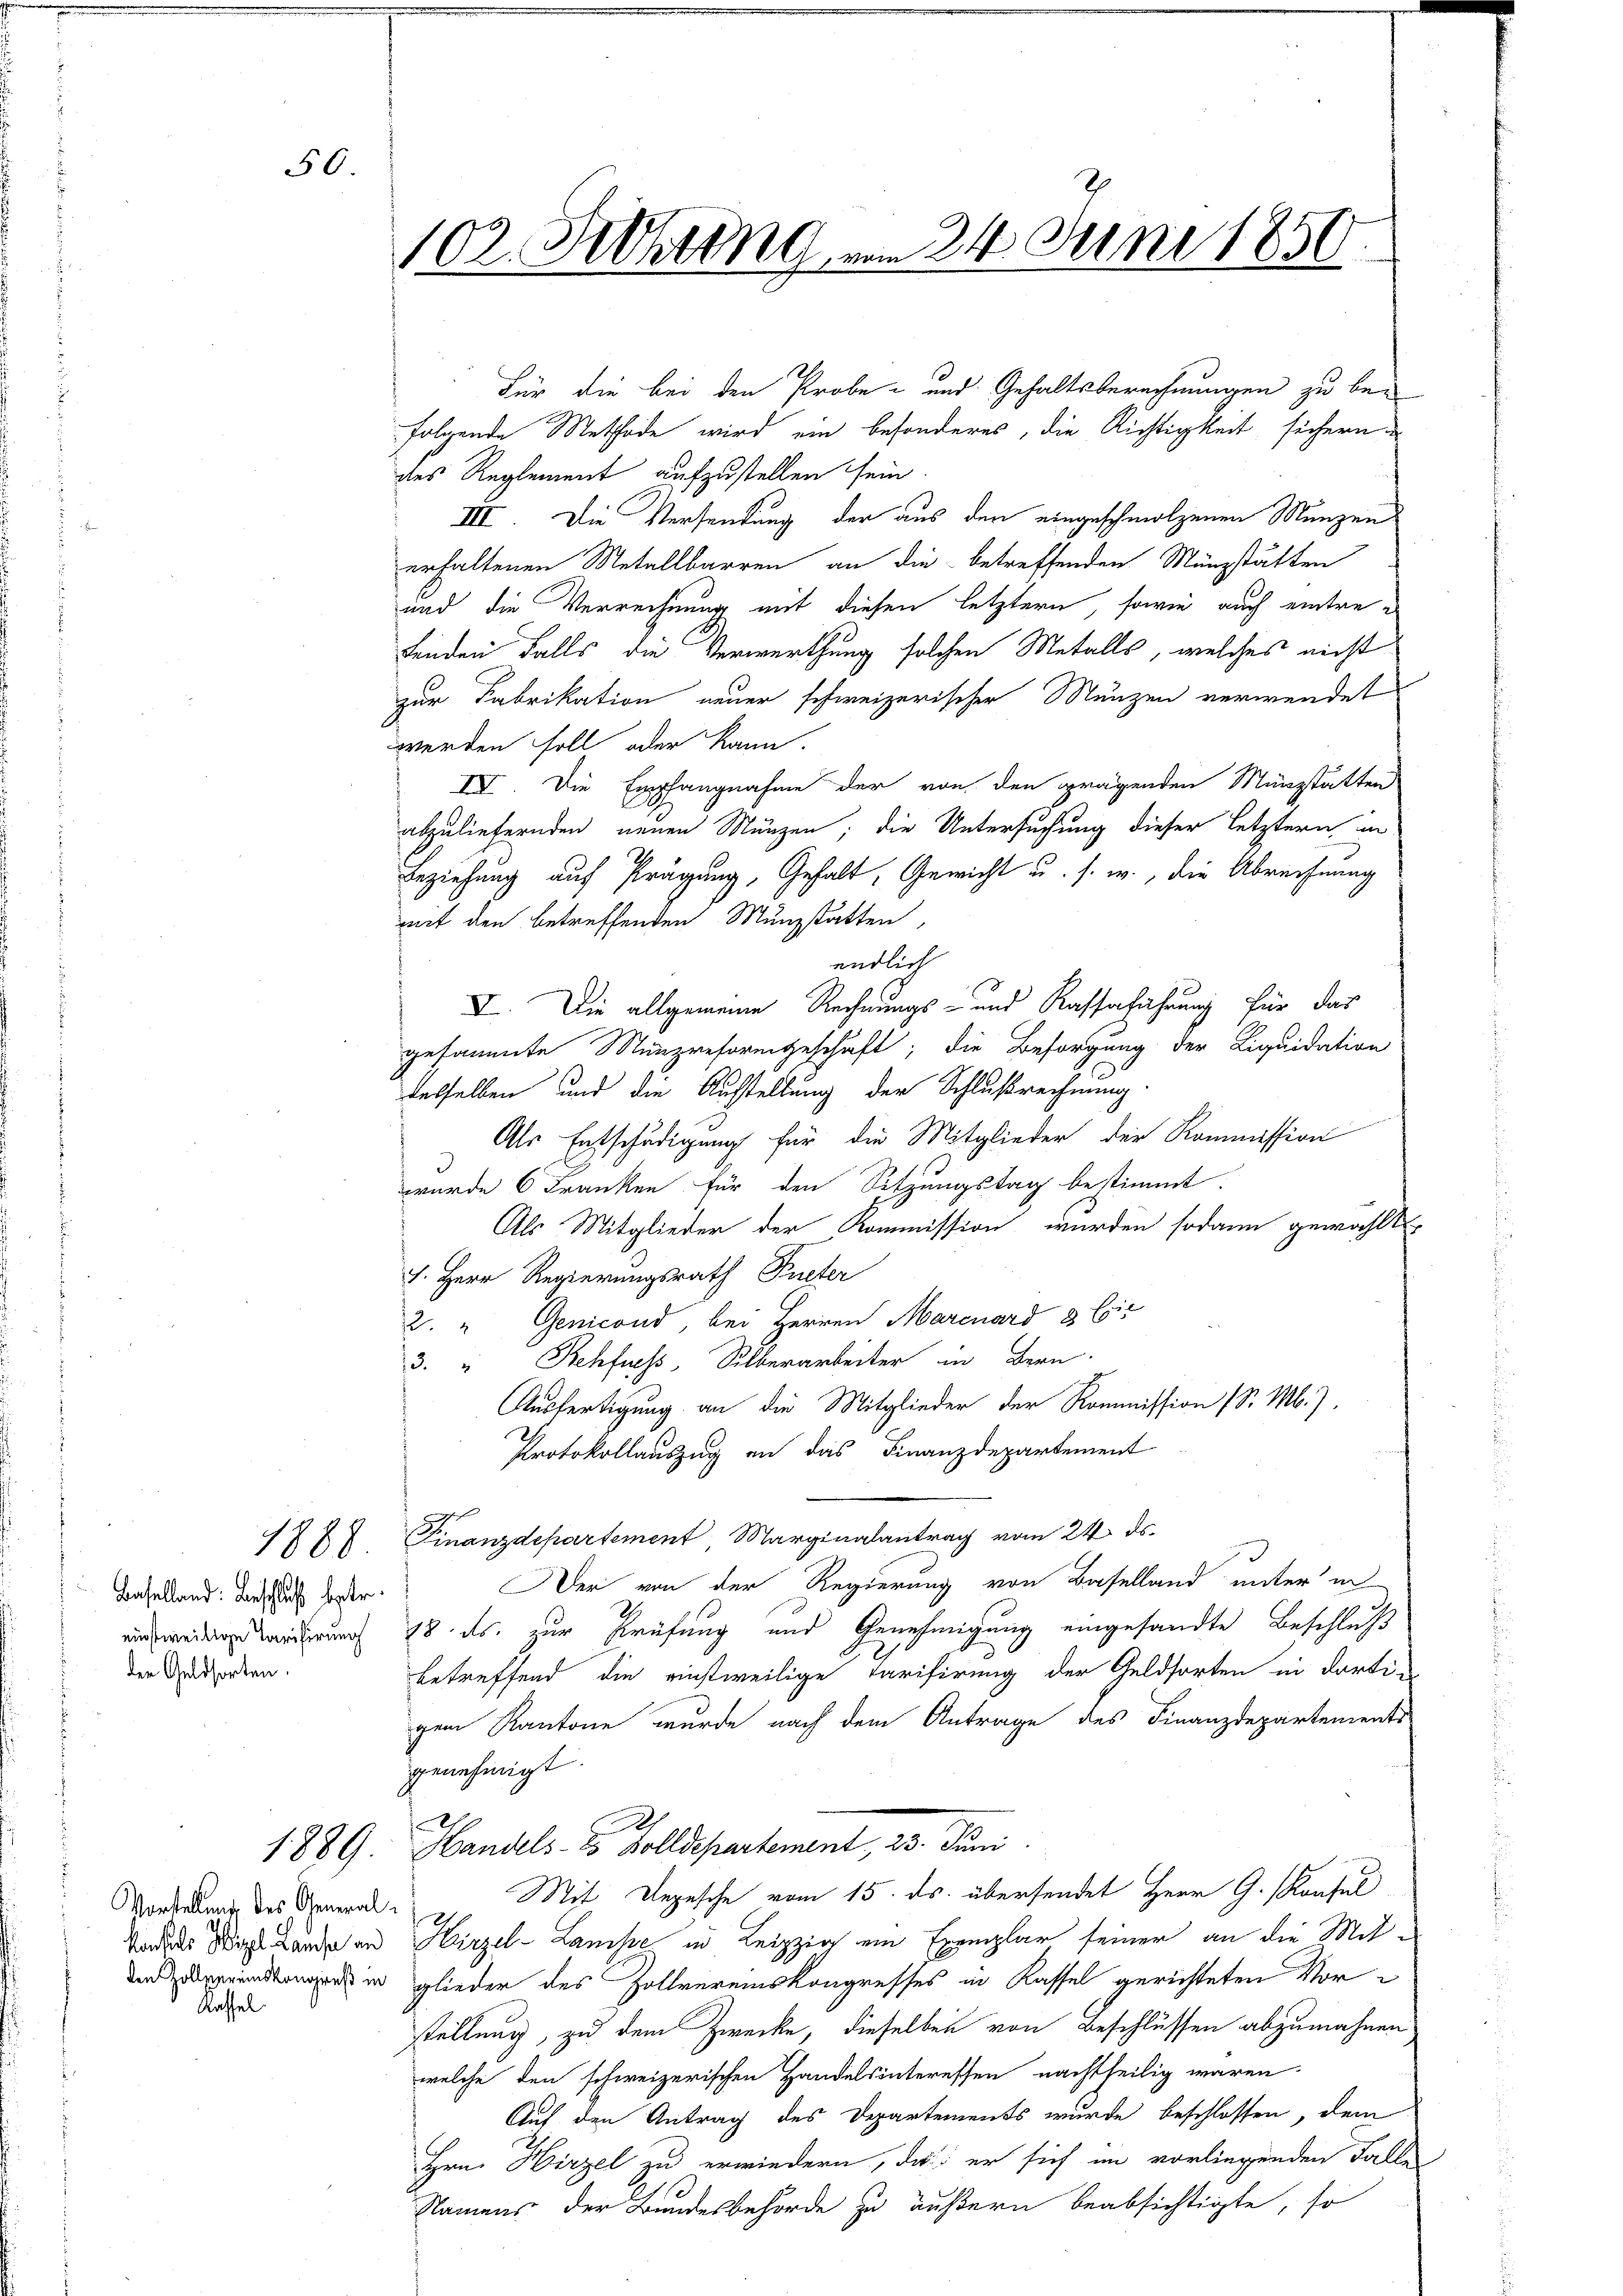
50.

1888
Baselland: Beschluß betr.
der Geldsorten.

Vorstellung des General¬
Rathel

102. Setzung vom 24. Juni 1850.

folgende Methode wird ein besonderes, die Richtigkeit sichern
des Reglement aufzustellen sein.
III. Die Versendung der aus den eingeschmolzenen Münzen
erhaltenen Metallbarren an die betreffenden Münzstätten
und die Verrechnung mit diesen letztern, sowie auch eintrefenden Falls die Verwerthung solchen Metalls, welches nicht
zur Fabrikation neuer schweizerischer Menzen verwendet
werden soll oder kann.
IV. Die Empfangnahme der von den prägenden Münzstätten
abzuliefernden neuen Münzen; die Untersuchung dieser letztern in
Beziehung auf Prägung, Gehalt, Gewicht u. s. w., die Abrechnung
mit den betreffenden Münzstätten,
endlich
I. Die allgemeine Rechnungs- und Kasserfahrung für das
gesammte Münzreformgeschaft; die Besorgung der Liquidation
desselben und die Ausstellung der Schlußrechnung
Als Entschädigung für die Mitglieder der Kommission
wurde 6 Franken für den Sitzungstag bestimmt.
Als Mitglieder der Kommission wurden sodann gewählt
1. Herr Regierungsrath Peter
2. " Genicond, bei Herren Marcuard 8 Eis
3. " Rehfuess, Silberarbeiter in Bern.
Ausfertigung an die Mitglieder der Kommission (S. M.).
Protokollauszug an das Finanzdepartement
s
Finanzdepartement Marginalantrag vom 24. ds.
Der von der Regierung von Baselland unter in
einweitig warderung 78. ds. zur Prüfung und Genehmigung eingesandte Beschluß
betreffend die einstweilige Tarifirung der Geldforten in dortigem Kantone wurde nach dem Antrage des Finanzdepartements
genehmigt.
1889. Handels- & Zolldepartement, 20. Juni.
Mit Depesche vom 15. ds. übersendet Herr G. Konsul
h
Vordes Mit Lande an Hirzel-Lanse in Leipzig ein Exemplar seiner an die Miti glieder des Zollvereinskongresses in Kassel gerichteten Vorstellung, zu dem Zwecke, dieselben von Beschlüssen abzumahnen
welche den schweizerischen Handelsinteressen nachtheilig waren.
Auf den Antrag des Departements wurde beschlossen, dem
Hrn. Hirzel zu erwiedern, das er sich im vorliegenden Falle
Namens der Bundesbehörde zu äußern beabsichtigte, so

Für die bei den Probe- und Gehaltsberechnungen zu bei